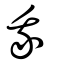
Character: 我